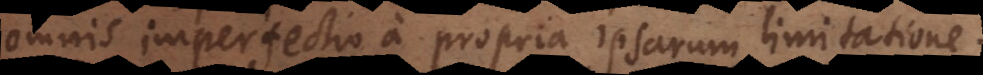
omnis imperfectio a propria ipsarum limitatione.